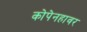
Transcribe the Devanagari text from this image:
कोपेनहावर